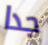
جدا